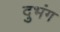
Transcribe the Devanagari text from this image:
दुभंग